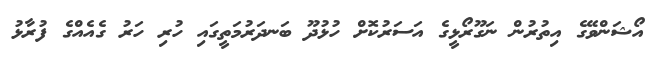
އޯޝަންވޭގެ އިތުރުން ނަގޫރޯޅީގެ އަސަރުކޮށް ހުޅުދޫ ބަނދަރުމަތީގައި ހުރި ހަރު ގެއެއްގެ ފުރާޅު